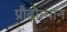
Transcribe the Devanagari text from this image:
प्रौढ़ोत्थान